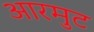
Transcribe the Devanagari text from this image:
आरमुट